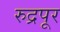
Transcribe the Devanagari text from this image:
रुद्रपूर